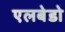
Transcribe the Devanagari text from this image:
एलबेडो